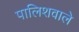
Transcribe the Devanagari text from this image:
पालिशवाले